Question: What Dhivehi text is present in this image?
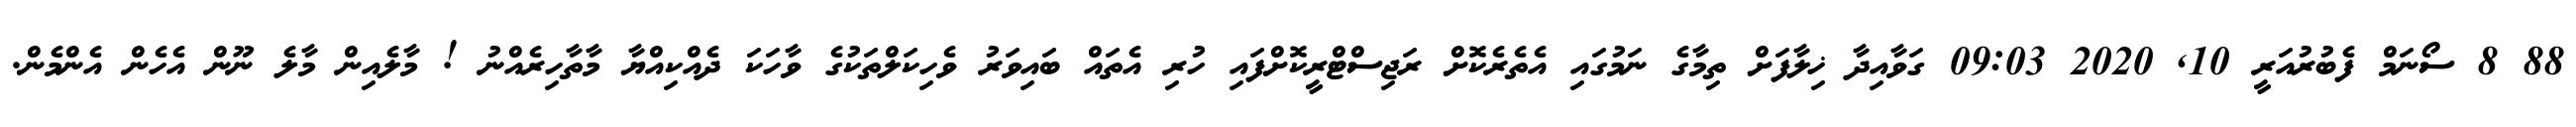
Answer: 88 8 ސޯނަމް ފެބުރުއަރީ 10, 2020 09:03 ގަވާއިދާ ޚިލާފަށް ތިމާގެ ނަމުގައި އެތެރެކޮށް ރަޖިސްޓްރީކޮށްފައި ހުރި އެތައް ބައިވަރު ވެހިކަލްތަކުގެ ވާހަކަ ދެއްކިއްޔާ މާތާހިރެއްނު ! މާލެއިން މާލެ ނޫން އެހެން އެންމެން.